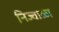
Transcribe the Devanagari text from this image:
निज्वाळा